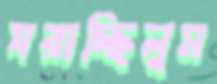
সরাচ্ছিলুম